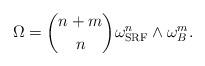
LaTeX: \begin{align*}\Omega=\binom{n+m}{n}\omega_{\textrm{SRF}}^n\wedge\omega_B^m.\end{align*}